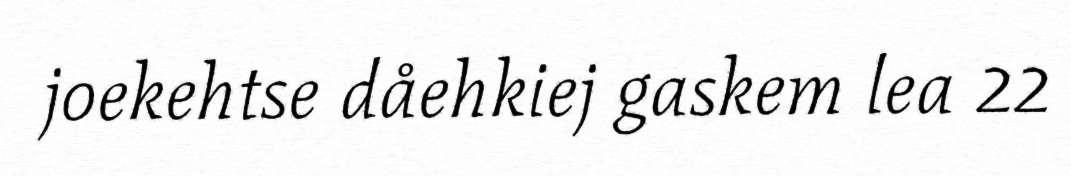
joekehtse dåehkiej gaskem lea 22